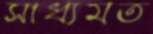
সাধ্যমত